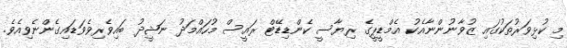
މި ކުޅިވަރުތަކުގައި ޒުވާނުންނާއެކު އެމްޑީޕީގެ ރިޔާސީ ކެންޑިޑޭޓް ރައީސް މުހައްމަދު ނަޝީދު ބައިވެރިވެވަޑައިގެންނެވިއެވެ.